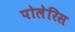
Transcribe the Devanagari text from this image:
पोलेरिस